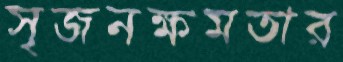
সৃজনক্ষমতার